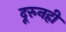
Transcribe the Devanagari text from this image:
दूरुनही